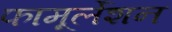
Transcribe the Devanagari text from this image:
फामूर्लेशन